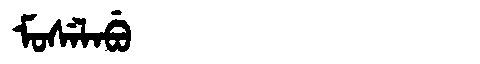
Manchu: ᠮᠣᠰᡝᠯᠠᠪᡠ
Romanization: MOSELABU